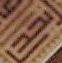
ابجد